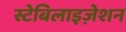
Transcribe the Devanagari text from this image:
स्टेबिलाइज़ेशन